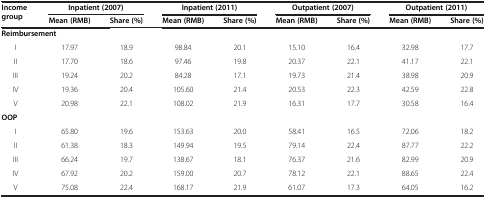
<table><thead><tr><td rowspan="2"><b>Income group</b></td><td colspan="2"><b>Inpatient (2007)</b></td><td colspan="2"><b>Inpatient (2011)</b></td><td colspan="2"><b>Outpatient (2007)</b></td><td colspan="2"><b>Outpatient (2011)</b></td></tr><tr><td><b>Mean (RMB)</b></td><td><b>Share (%)</b></td><td><b>Mean (RMB)</b></td><td><b>Share (%)</b></td><td><b>Mean (RMB)</b></td><td><b>Share (%)</b></td><td><b>Mean (RMB)</b></td><td><b>Share (%)</b></td></tr></thead><tbody><tr><td colspan="2"><b>Reimbursement</b></td><td> </td><td> </td><td> </td><td> </td><td> </td><td> </td><td> </td></tr><tr><td>I</td><td>17.97</td><td>18.9</td><td>98.84</td><td>20.1</td><td>15.10</td><td>16.4</td><td>32.98</td><td>17.7</td></tr><tr><td>II</td><td>17.70</td><td>18.6</td><td>97.46</td><td>19.8</td><td>20.37</td><td>22.1</td><td>41.17</td><td>22.1</td></tr><tr><td>III</td><td>19.24</td><td>20.2</td><td>84.28</td><td>17.1</td><td>19.73</td><td>21.4</td><td>38.98</td><td>20.9</td></tr><tr><td>IV</td><td>19.36</td><td>20.4</td><td>105.60</td><td>21.4</td><td>20.53</td><td>22.3</td><td>42.59</td><td>22.8</td></tr><tr><td>V</td><td>20.98</td><td>22.1</td><td>108.02</td><td>21.9</td><td>16.31</td><td>17.7</td><td>30.58</td><td>16.4</td></tr><tr><td><b>OOP</b></td><td> </td><td> </td><td> </td><td> </td><td> </td><td> </td><td> </td><td> </td></tr><tr><td>I</td><td>65.80</td><td>19.6</td><td>153.63</td><td>20.0</td><td>58.41</td><td>16.5</td><td>72.06</td><td>18.2</td></tr><tr><td>II</td><td>61.38</td><td>18.3</td><td>149.94</td><td>19.5</td><td>79.14</td><td>22.4</td><td>87.77</td><td>22.2</td></tr><tr><td>III</td><td>66.24</td><td>19.7</td><td>138.67</td><td>18.1</td><td>76.37</td><td>21.6</td><td>82.99</td><td>20.9</td></tr><tr><td>IV</td><td>67.92</td><td>20.2</td><td>159.00</td><td>20.7</td><td>78.12</td><td>22.1</td><td>88.65</td><td>22.4</td></tr><tr><td>V</td><td>75.08</td><td>22.4</td><td>168.17</td><td>21.9</td><td>61.07</td><td>17.3</td><td>64.05</td><td>16.2</td></tr></tbody></table>